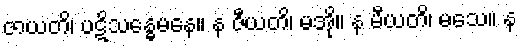
ဇာယတိ၊ ပဋိသန္ဓေမနေ။ န ဇီယတိ၊ မအို။ န မီယတိ၊ မသေ။ န